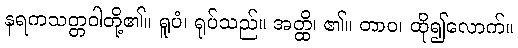
နရကသတ္တဝါတို့၏။ ရူပံ၊ ရုပ်သည်။ အတ္ထိ၊ ၏။ တာဝ၊ ထို၍လောက်။